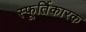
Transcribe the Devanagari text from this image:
स्फूर्तिकारक